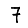
Digit: 7